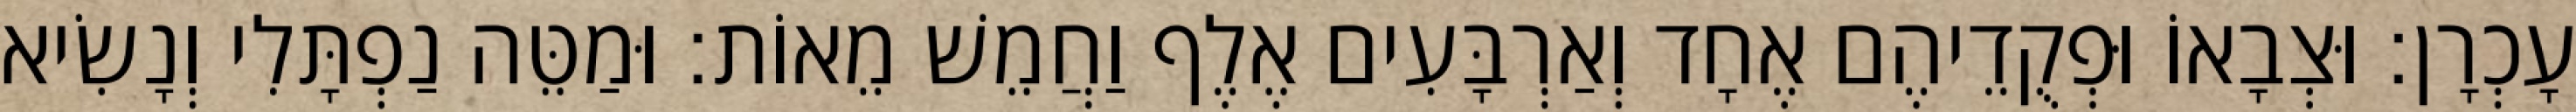
עָכְרָן׃ וּצְבָאוֹ וּפְקֻדֵיהֶם אֶחָד וְאַרְבָּעִים אֶלֶף וַחֲמֵשׁ מֵאוֹת׃ וּמַטֵּה נַפְתָּלִי וְנָשִׂיא